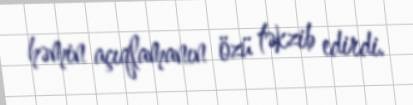
həmin açıqlamanın özü təkzib edirdi.